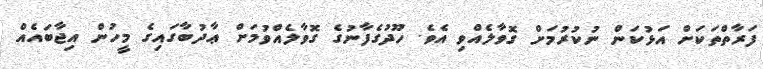
ފަރާތްތަކަށް އަޅުކަން ނުކުރުމަށް ގޮވާލެއްވި އެވެ. ހޫދުގެފާނުގެ ގޮވާލެއްވުމަށް ޢާދުބާގައިގެ މީހުން އިޖާބައެއް